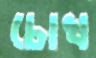
চোখ